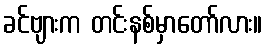
ခင်ဗျားက တင်းနစ်မှာတော်လား။